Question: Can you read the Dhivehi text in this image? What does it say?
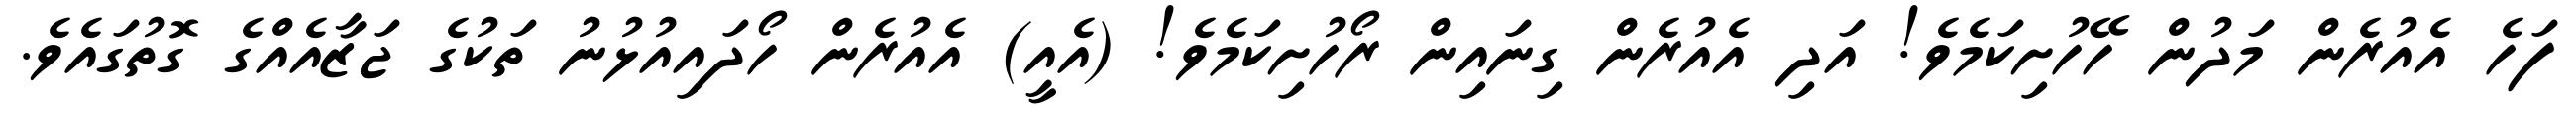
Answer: ފަހެ އެއުރެން މަދުން ހޭހުށިކަމެވެ! އަދި އެއުރެން ގިނައިން ރޯހުށިކަމެވެ! (އެއީ) އެއުރެން ހޯދައިއުޅުނު ތަކުގެ ޖަޒާއެއްގެ ގޮތުގައެވެ.